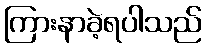
ကြားနာခဲ့ရပါသည်